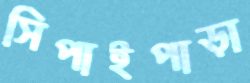
সিপাইপাড়া